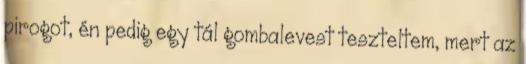
pirogot, én pedig egy tál gombalevest teszteltem, mert az